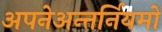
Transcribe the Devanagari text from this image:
अपनेअन्तर्नियमों